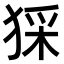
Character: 𤟖